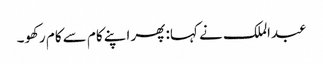
عبدالملک نے کہا: پھر اپنے کام سے کام رکھو۔